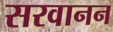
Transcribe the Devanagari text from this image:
सरवानन